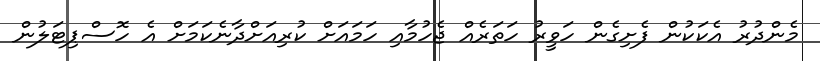
މެންދުރު އެކަކުން ފެށިގެން ހަވީރު ހަތަރެއް ޖެހުމާއި ހަމައަށް ކުރިއަށްދާނެކަމަށް އެ ހޮސްޕިޓަލުން